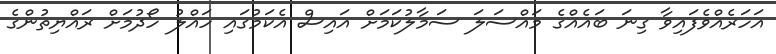
އަހަރެއްވެފައިވާ ގިނަ ބައެއްގެ މައްސަލަ ސަމާލުކަމަށް އައިސް އެކަމުގައި ހައްލު ހޯދުމަށް ރައްޔިތުންގެ